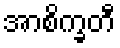
အာစိက္ခတီ